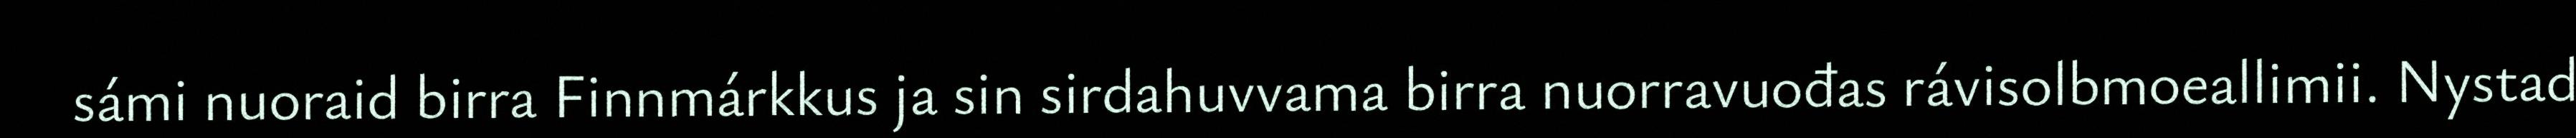
sámi nuoraid birra Finnmárkkus ja sin sirdahuvvama birra nuorravuođas rávisolbmoeallimii. Nystad